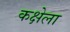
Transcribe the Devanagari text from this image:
कक्षेला